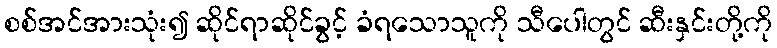
စစ်အင်အားသုံး၍ ဆိုင်ရာဆိုင်ခွင့် ခံရသောသူကို သီပေါတွင် ဆီးနှင်းတို့ကို